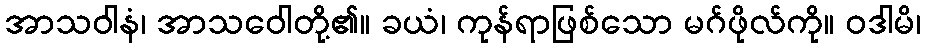
အာသဝါနံ၊ အာသဝေါတို့၏။ ခယံ၊ ကုန်ရာဖြစ်သော မဂ်ဖိုလ်ကို။ ဝဒါမိ၊